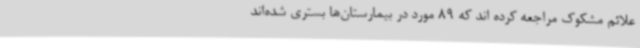
علائم مشکوک مراجعه کرده اند که 89 مورد در بیمارستان‌ها بستری شده‌اند